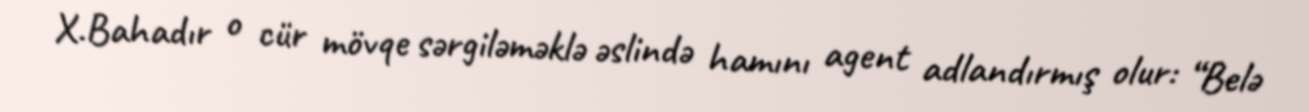
X.Bahadır o cür mövqe sərgiləməklə əslində hamını agent adlandırmış olur: “Belə